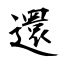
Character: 還